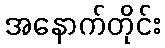
အနောက်တိုင်း